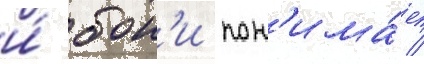
и́ бон'и пон'има́ет /